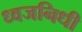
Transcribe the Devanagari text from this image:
ध्वजनिधी